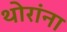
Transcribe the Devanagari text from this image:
थोरांना